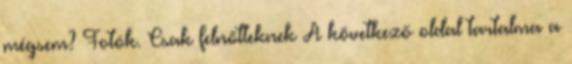
mégsem? Fotók. Csak felnőtteknek A következő oldal tartalma a